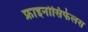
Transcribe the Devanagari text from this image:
फ्राइनोसिफेलस